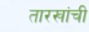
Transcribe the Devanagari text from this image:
तारखांची